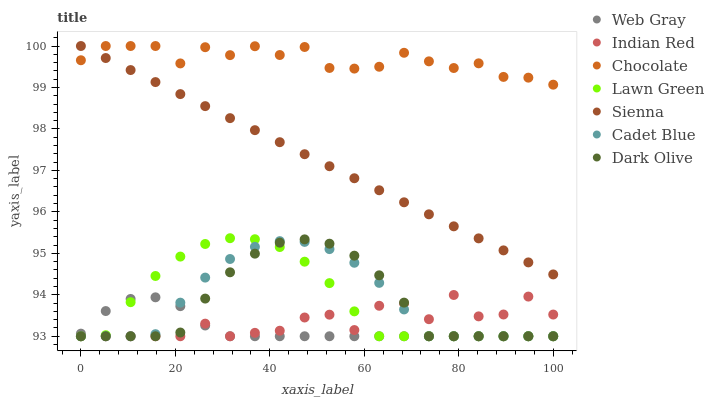
| xaxis_label | Web Gray | Indian Red | Chocolate | Lawn Green | Sienna | Cadet Blue | Dark Olive |
 | --- | --- | --- | --- | --- | --- | --- | --- |
 | 0 | 93.1 | 93 | 99.7 | 93 | 100 | 93 | 93 |
 | 5.26 | 93.6 | 93 | 100 | 93 | 99.7 | 93 | 93 |
 | 10.5 | 93.9 | 93 | 100 | 93.8 | 99.4 | 93 | 93 |
 | 15.8 | 93.9 | 93 | 100 | 94.5 | 99.1 | 93.1 | 93 |
 | 21.1 | 93.7 | 93 | 99.6 | 94.9 | 98.8 | 93.8 | 93.1 |
 | 26.3 | 93.3 | 93.3 | 100 | 95.2 | 98.6 | 94.4 | 93.9 |
 | 31.6 | 93 | 93 | 99.8 | 95.4 | 98.3 | 94.9 | 94.5 |
 | 36.8 | 93 | 93.1 | 100 | 95.3 | 98 | 95.2 | 95 |
 | 42.1 | 93 | 93.1 | 99.8 | 95.2 | 97.7 | 95.3 | 95.3 |
 | 47.4 | 93 | 93.5 | 100 | 94.8 | 97.4 | 95.3 | 95.3 |
 | 52.6 | 93 | 93.5 | 99.5 | 94.3 | 97.1 | 95.1 | 95.2 |
 | 57.9 | 93 | 93.1 | 99.5 | 93.6 | 96.8 | 94.8 | 94.9 |
 | 63.2 | 93 | 93.7 | 99.5 | 93 | 96.5 | 94.3 | 94.5 |
 | 68.4 | 93 | 93.8 | 99.8 | 93 | 96.2 | 93.6 | 93.8 |
 | 73.7 | 93 | 93.4 | 99.6 | 93 | 95.9 | 93 | 93 |
 | 78.9 | 93 | 94 | 99.5 | 93 | 95.7 | 93 | 93 |
 | 84.2 | 93 | 93.5 | 99.6 | 93 | 95.4 | 93 | 93 |
 | 89.5 | 93 | 93.5 | 99.3 | 93 | 95.1 | 93 | 93 |
 | 94.7 | 93 | 94 | 99.2 | 93 | 94.8 | 93 | 93 |
 | 100 | 93 | 93.5 | 99.1 | 93 | 94.5 | 93 | 93 |